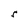
Character: r